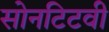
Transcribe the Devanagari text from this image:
सोनटिटवी